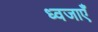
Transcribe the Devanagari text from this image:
ध्वजाएँ